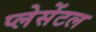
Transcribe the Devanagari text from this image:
प्लेसेंटल